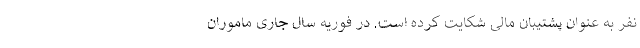
نفر به عنوان پشتیبان مالی شکایت کرده است. در فوریه سال جاری ماموران